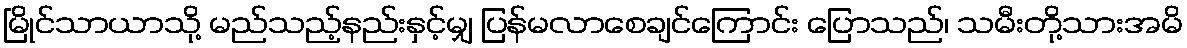
မြိုင်သာယာသို့ မည်သည့်နည်းနှင့်မျှ ပြန်မလာစေချင်ကြောင်း ပြောသည်၊ သမီးတို့သားအမိ